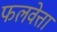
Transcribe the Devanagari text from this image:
फलवेत्ता